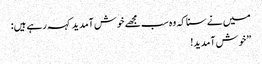
میں نے سنا کہ وہ سب مجھے خوش آمدید کہہ رہے ہیں:
”خوش آمدید!